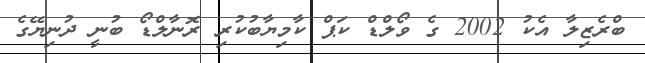
ބްރެޒިލާ އެކު 2002 ގެ ވޯލްޑް ކަޕް ކާމިޔާބުކުރި ރޮނާލްޑޯ ބުނީ ދުނިޔޭގެ